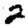
Digit: 2